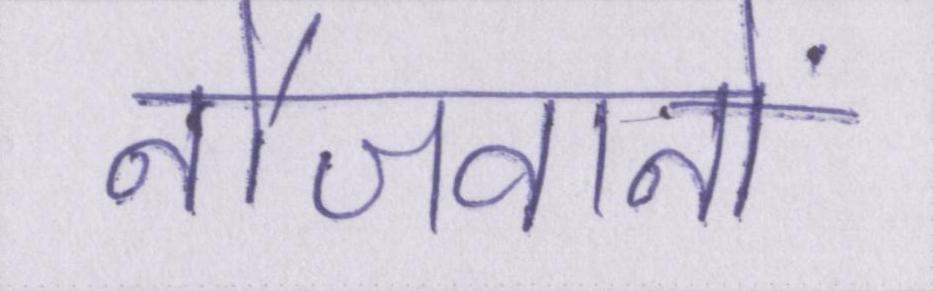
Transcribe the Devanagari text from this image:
नौजवानों